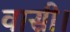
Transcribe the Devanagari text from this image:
वासी।